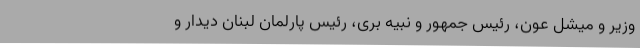
وزیر و میشل عون، رئیس جمهور و نبیه بری، رئیس پارلمان لبنان دیدار و